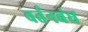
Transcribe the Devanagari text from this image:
वर्तनबंध